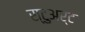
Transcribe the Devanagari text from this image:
स्‍टुअर्ट